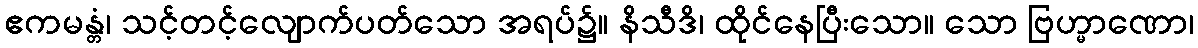
ဧကမန္တံ၊ သင့်တင့်လျောက်ပတ်သော အရပ်၌။ နိသီဒိ၊ ထိုင်နေပြီးသော။ သော ဗြဟ္မာဏော၊